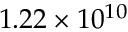
1 . 2 2 \times 1 0 ^ { 1 0 }